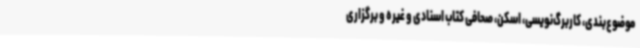
موضوع‌بندی، کاربرگ‌نویسی، اسکن، صحافی کتاب اسنادی و غیره و برگزاری